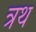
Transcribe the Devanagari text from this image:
त्रथ